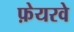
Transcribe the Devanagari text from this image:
फ़ेयरवे